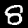
Label: 8